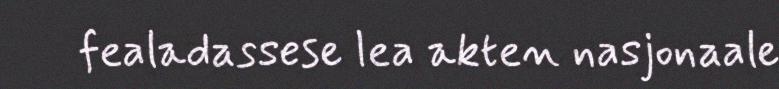
fealadassese lea akten nasjonaale